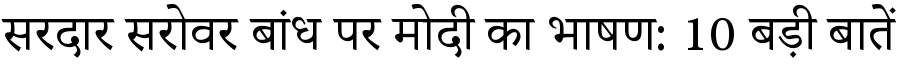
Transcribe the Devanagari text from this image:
सरदार सरोवर बांध पर मोदी का भाषण: 10 बड़ी बातें